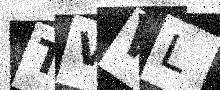
Text: TVWL